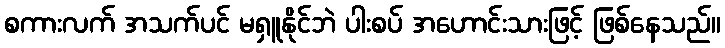
စကားလက် အသက်ပင် မရှူနိုင်ဘဲ ပါးစပ် အဟောင်းသားဖြင့် ဖြစ်နေသည်။